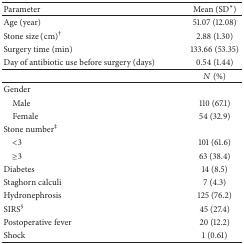
| Parameter | Mean (SD∗) |
 | --- | --- |
 | Age (year) | 51.07 (12.08) |
 | Stone size (cm)† | 2.88 (1.30) |
 | Surgery time (min) | 133.66 (53.35) |
 | Day of antibiotic use before surgery (days) | 0.54 (1.44) |
 |  | N (%) |
 | Gender |  |
 | Male | 110 (67.1) |
 | Female | 54 (32.9) |
 | Stone number‡ |  |
 | <3 | 101 (61.6) |
 | ≥3 | 63 (38.4) |
 | Diabetes | 14 (8.5) |
 | Staghorn calculi | 7 (4.3) |
 | Hydronephrosis | 125 (76.2) |
 | SIRS§ | 45 (27.4) |
 | Postoperative fever | 20 (12.2) |
 | Shock | 1 (0.61) |